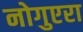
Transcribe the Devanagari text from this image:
नोगुएरा